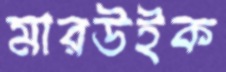
মারউইক